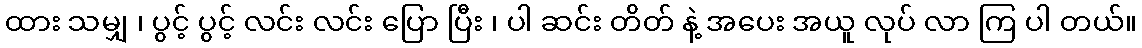
ထား သမျှ ၊ ပွင့် ပွင့် လင်း လင်း ပြော ပြီး ၊ ပါ ဆင်း တိတ် နဲ့ အပေး အယူ လုပ် လာ ကြ ပါ တယ်။